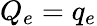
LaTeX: Q_{e}=q_{e}